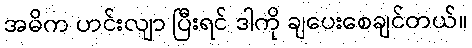
အဓိက ဟင်းလျာ ပြီးရင် ဒါကို ချပေးစေချင်တယ်။